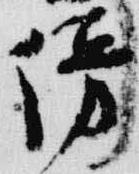
傍